Report on the working of the Ranchi Indian Mental Hospital, Kanke, in Bihar and Orissa - 1930-1940
Year: 1930
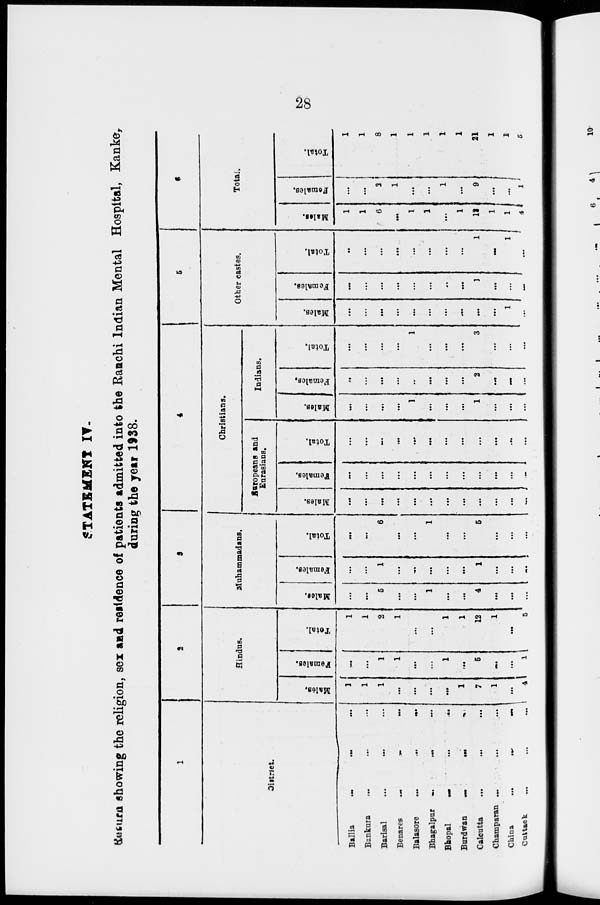
28
STATEMENT IV.
Return showing the religion, sex and residence of patients admitted into the Ranchi Indian Mental Hospital, Kanke,
during the year 1938.
1
District.
Ballia
...
...
...
Bankura ... ... ...
Barisal
...
...
...
Benares
...
...
...
Balasore
...
...
...
Bhagalpur ... ... ...
Bhopal ... ... ...
Burdwan
...
...
...
Calcutta
...
...
...
Champaran ... ... ...
China
...
...
...
Cutttack ... ... ...
2
Hindus.
Males.
1
1
1
...
...
...
...
1
7
1
...
4
Females.
...
...
1
1
...
...
1
...
5
...
...
1
Total.
1
1
2
1
...
...
1
1
12
1
...
5
3
Muhammadans.
Males.
...
...
5
...
...
1
...
...
4
...
...
...
Females.
...
...
1
...
...
...
...
...
1
...
...
......
Total.
...
...
6
...
...
1
...
...
6
...
...
...
4
Christians.
Europeans and
Eurasians.
Males.
...
...
...
...
...
...
...
...
...
...
...
...
Females.
...
...
...
...
...
...
...
...
...
...
...
...
Total.
...
...
...
...
...
...
...
...
...
...
...
...
Indians.
Males.
...
...
...
...
1
...
...
...
1
...
...
...
Females.
...
...
...
...
...
...
...
...
2
...
...
...
Total.
...
...
...
...
1
...
...
...
3
...
...
...
5
Other castes.
Males.
...
...
...
...
...
...
...
...
...
...
1
...
Females.
...
...
...
...
...
...
...
...
1
...
...
...
Total.
...
...
...
...
...
...
...
...
1
...
1
...
6
Total.
Males.
1
1
6
...
1
1
...
1
12
1
1
4
Females.
...
...
2
1
...
...
1
...
9
...
...
1
Total.
1
1
8
1
1
1
1
1
21
1
1
5